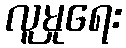
လူမှုရေး